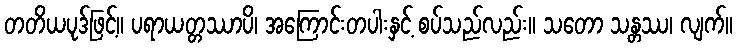
တတိယပုဒ်ဖြင့်။ ပရာယတ္တဿာပိ၊ အကြောင်းတပါးနှင့် စပ်သည်လည်း။ သတော သန္တဿ၊ လျက်။